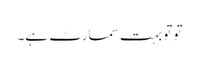
تو تو بہت سمارٹ ہے۔